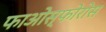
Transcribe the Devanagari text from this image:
फाओस्फोरोस